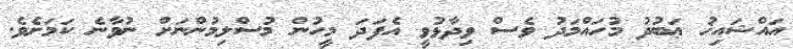
އައްޝައިޚު ޢަބުދު މުހައްމަދު ވެސް ވިދާޅުވީ އެފަދަ މީހުން މުސްލިމުންނަށް ނުވާނެ ކަމަށެވެ.